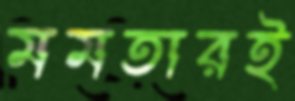
মমতারই